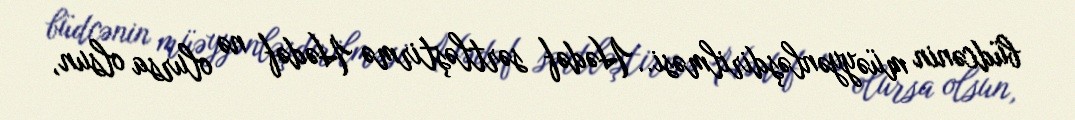
büdcənin müəyyənləşdirilməsi.. Hədəf sərtləştirmə Hədəf nə olursa olsun,